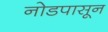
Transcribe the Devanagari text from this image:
नोडपासून